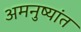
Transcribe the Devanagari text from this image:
अमनुष्यांत